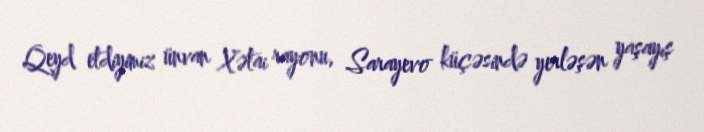
Qeyd etdiyimiz ünvan Xətai rayonu, Sarayevo küçəsində yerləşən yaşayış